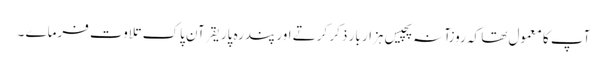
آپ کا معمول تھا کہ روزآنہ پچیس ہزار بار ذکر کرتے اور پندرہ پاریقرآن پاک تلاوت فرماے ۔